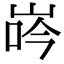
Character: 𡷧